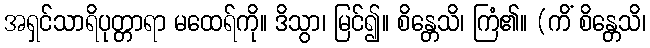
အရှင်သာရိပုတ္တာရာ မထေရ်ကို။ ဒိသွာ၊ မြင်၍။ စိန္တေသိ၊ ကြံ၏။ (ကိံ စိန္တေသိ၊